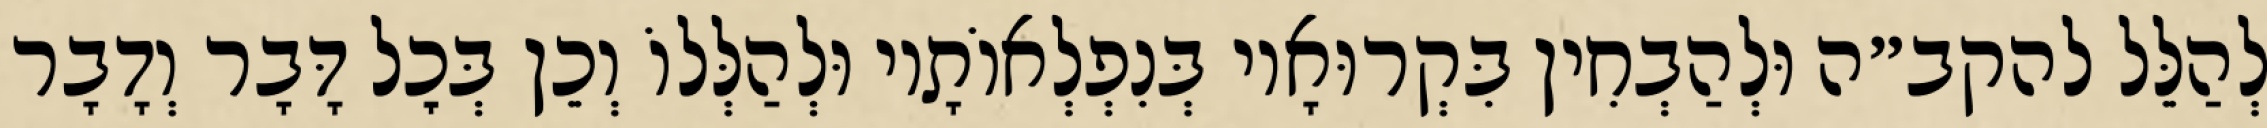
לְהַלֵּל להקב״ה וּלְהַבְחִין בִּקְרוּאָיו בְּנִפְלְאוֹתָיו וּלְהַלְּלוֹ וְכֵן בְּכׇל דָּבָר וְדָבָר